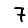
Digit: 7